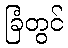
ခြံတွင်